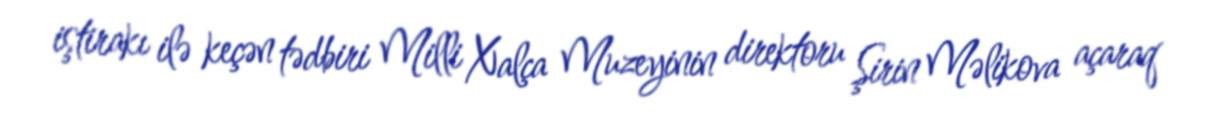
iştirakı ilə keçən tədbiri Milli Xalça Muzeyinin direktoru Şirin Məlikova açaraq